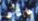
مايقارب